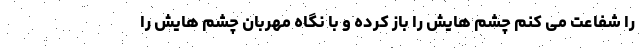
را شفاعت می کنم چشم هایش را باز کرده و با نگاه مهربان چشم هایش را